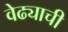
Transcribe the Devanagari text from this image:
वेढ्याची